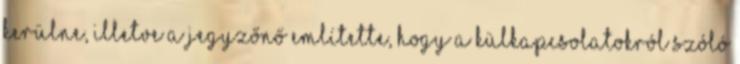
kerülne, illetve a jegyzőnő említette, hogy a külkapcsolatokról szóló